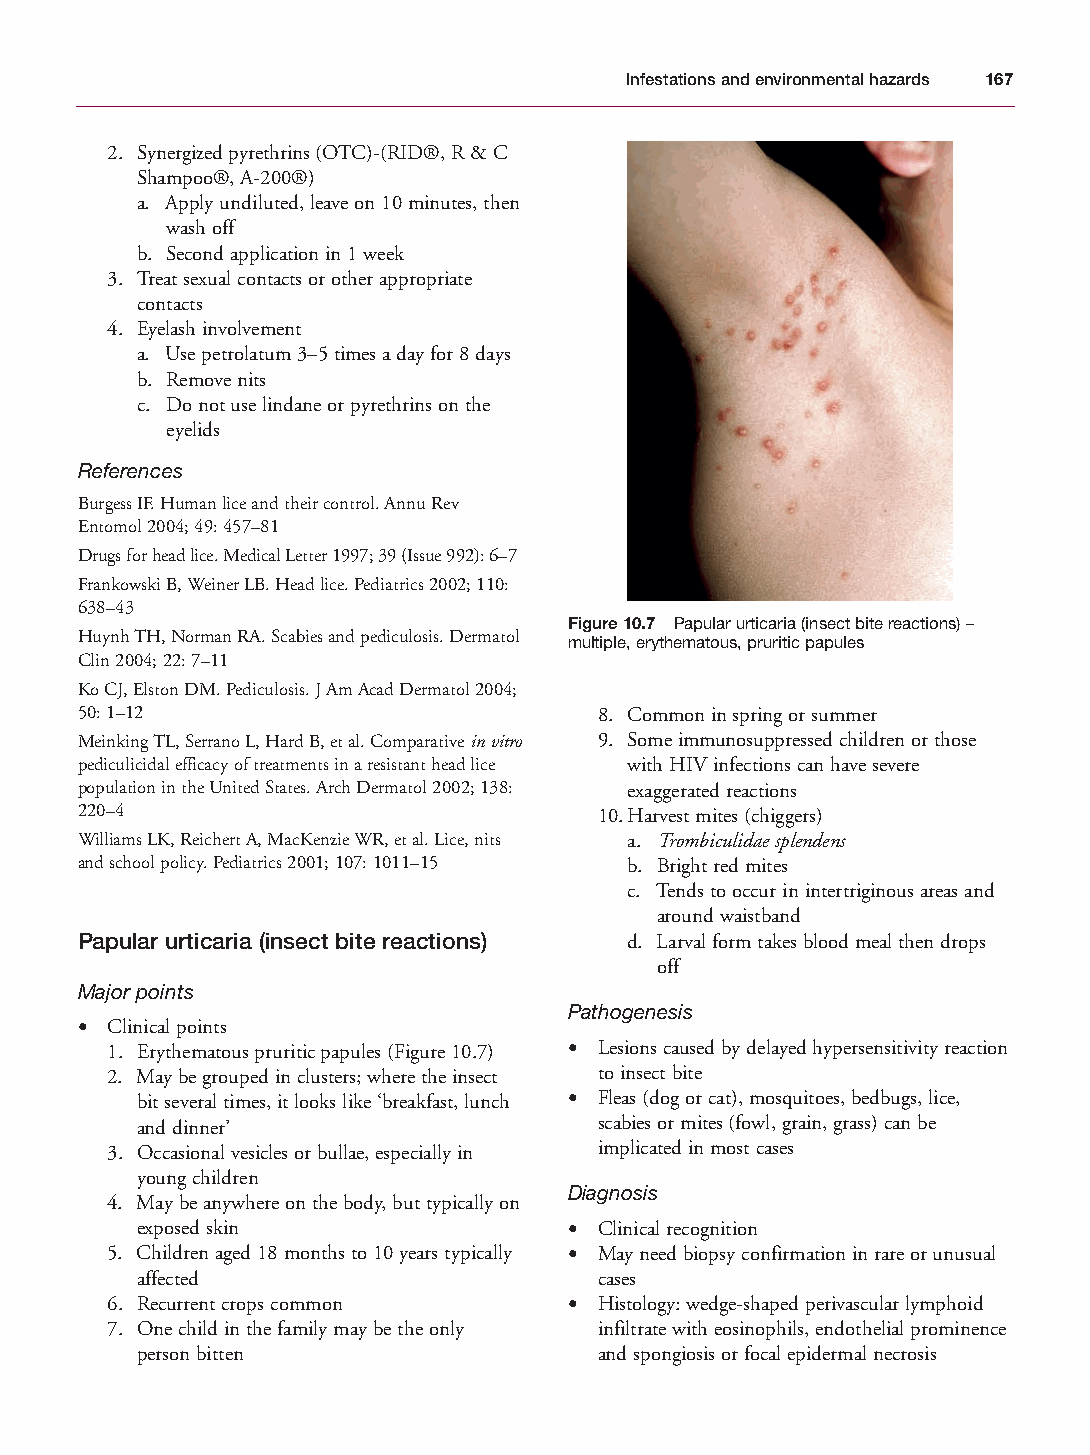
Mallory Chapter 10 27/1/05 2:12 pm Page 167
 Infestations and environmental hazards 167
 2. Synergized pyrethrins (OTC)-(RID®, R & C
 Shampoo®, A-200®)
 a. Apply undiluted, leave on 10 minutes, then
 wash off
 b. Second application in 1 week
 3. Treat sexual contacts or other appropriate
 contacts
 4. Eyelash involvement
 a. Use petrolatum 3–5 times a day for 8 days
 b. Remove nits
 c. Do not use lindane or pyrethrins on the
 eyelids
 References
 Burgess IF. Human lice and their control. Annu Rev
 Entomol 2004; 49: 457–81
 Drugs for head lice. Medical Letter 1997; 39 (Issue 992): 6–7
 Frankowski B, Weiner LB. Head lice. Pediatrics 2002; 110:
 638–43
 Figure 10.7 Papular urticaria (insect bite reactions) –
 Huynh TH, Norman RA. Scabies and pediculosis. Dermatol multiple, erythematous, pruritic papules
 Clin 2004; 22: 7–11
 Ko CJ, Elston DM. Pediculosis. J Am Acad Dermatol 2004;
 50: 1–12                           8. Common in spring or summer
 Meinking TL, Serrano L, Hard B, et al. Comparative in vitro 9. Some immunosuppressed children or those
 pediculicidal efficacy of treatments in a resistant head lice with HIV infections can have severe
 population in the United States. Arch Dermatol 2002; 138: exaggerated reactions
 220–4                              10.Harvest mites (chiggers)
 Williams LK, Reichert A, MacKenzie WR, et al. Lice, nits a. Trombiculidae splendens
 and school policy. Pediatrics 2001; 107: 1011–15 b. Bright red mites
 c. Tends to occur in intertriginous areas and
 around waistband
 Papular urticaria (insect bite reactions) d. Larval form takes blood meal then drops
 off
 Major points
 Pathogenesis
 • Clinical points
 1. Erythematous pruritic papules (Figure 10.7) • Lesions caused by delayed hypersensitivity reaction
 2. May be grouped in clusters; where the insect to insect bite
 bit several times, it looks like ‘breakfast, lunch • Fleas (dog or cat), mosquitoes, bedbugs, lice,
 and dinner’                    scabies or mites (fowl, grain, grass) can be
 3. Occasional vesicles or bullae, especially in implicated in most cases
 young children
 Diagnosis
 4. May be anywhere on the body, but typically on
 exposed skin                 • Clinical recognition
 5. Children aged 18 months to 10 years typically • May need biopsy confirmation in rare or unusual
 affected                       cases
 6. Recurrent crops common      • Histology: wedge-shaped perivascular lymphoid
 7. One child in the family may be the only infiltrate with eosinophils, endothelial prominence
 person bitten                  and spongiosis or focal epidermal necrosis